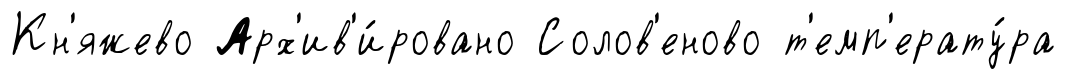
Кн'яжево Арх'ив'и́ровано Солов'еново т'емп'ерату́ра